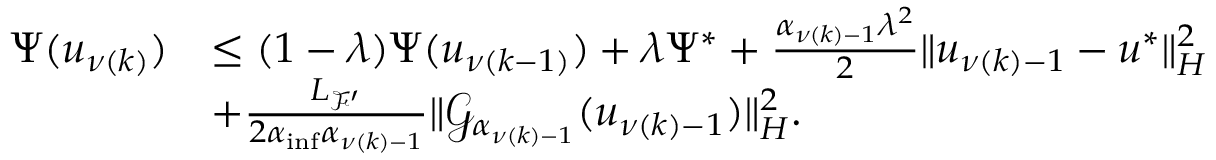
\begin{array} { r l } { { \Psi } ( u _ { \nu ( k ) } ) } & { \leq ( 1 - \lambda ) { \Psi } ( u _ { \nu ( k - 1 ) } ) + \lambda { \Psi } ^ { * } + \frac { { \alpha } _ { \nu ( k ) - 1 } \lambda ^ { 2 } } { 2 } \| u _ { \nu ( k ) - 1 } - u ^ { * } \| _ { H } ^ { 2 } } \\ & { + \frac { { L _ { { \mathcal { F } } ^ { \prime } } } } { 2 { \alpha } _ { \operatorname* { i n f } } { \alpha } _ { \nu ( k ) - 1 } } \| { \mathcal { G } } _ { { \alpha } _ { \nu ( k ) - 1 } } ( u _ { \nu ( k ) - 1 } ) \| _ { H } ^ { 2 } . } \end{array}